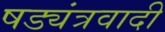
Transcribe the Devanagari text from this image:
षड्यंत्रवादी